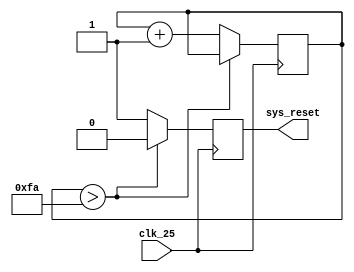
//
// Description: Generates a reset pulse signal
//

`default_nettype none

//Module description
module reset_generator( clk_25, sys_reset );

//I/O definitions
input clk_25;
output sys_reset;

//Registers
reg reset = 1;
reg [7:0] timer_t = 8'b0;

//Assignments
assign sys_reset = reset;

//Always
always @ (posedge clk_25) begin
  if(timer_t > 250) begin
    reset <= 0;
  end else begin
    reset <= 1;
    timer_t <= timer_t + 1;
  end
end

endmodule